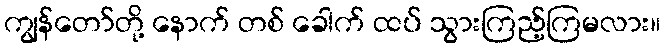
ကျွန်တော်တို့ နောက် တစ် ခေါက် ထပ် သွားကြည့်ကြမလား။